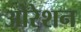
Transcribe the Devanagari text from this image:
ओरेशन